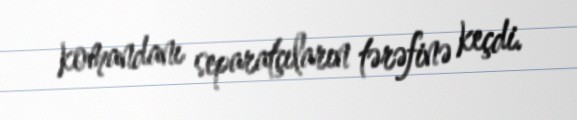
komandanı separatçıların tərəfinə keçdi.